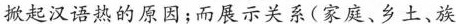
掀起汉语热的原因;而展示关系(家庭、乡土、族